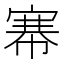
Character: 𢄏